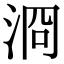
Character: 浻